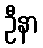
ဦနာ